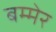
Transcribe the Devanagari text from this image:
बम्मेर